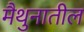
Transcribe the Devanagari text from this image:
मैथुनातील